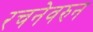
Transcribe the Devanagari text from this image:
रचनेवरुन